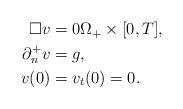
LaTeX: \begin{align*}\begin{aligned}\Box v &=0 \Omega_+ \times [0,T],\\\partial_n^+ v&=g,\\v(0)&=v_t(0)=0.\end{aligned}\end{align*}